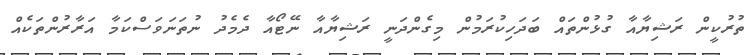
ތުރުކީން ރަޝިޔާއާ ގުޅުންތައް ބަދަހިކުރަމުން މިގެންދަނީ ރަޝިޔާއާ ނޭޓޯއާ ދެމެދު ނުތަނަވަސްކަމާ އަރާރުންތަކެއް